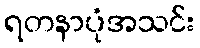
ရတနာပုံအသင်း